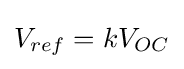
V_{ref}=kV_{OC}